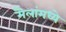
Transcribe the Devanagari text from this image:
मैलांमध्ये